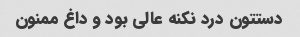
دستتون درد نکنه عالی بود و داغ ممنون